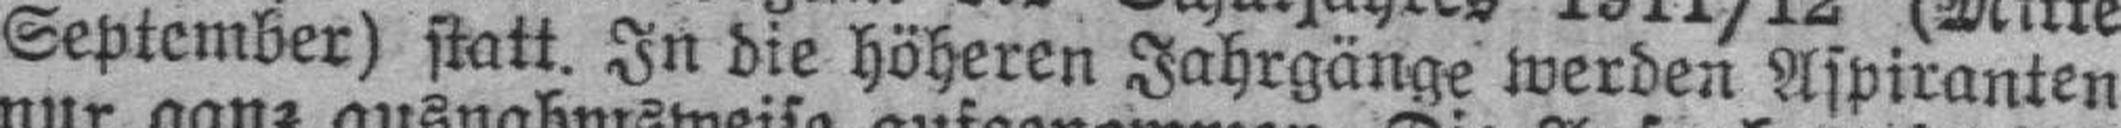
September) statt. In die höheren Jahrgänge werden Aspiranten